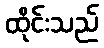
ထိုင်းသည်